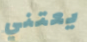
يعتني